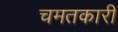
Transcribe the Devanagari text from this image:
चमतकारी